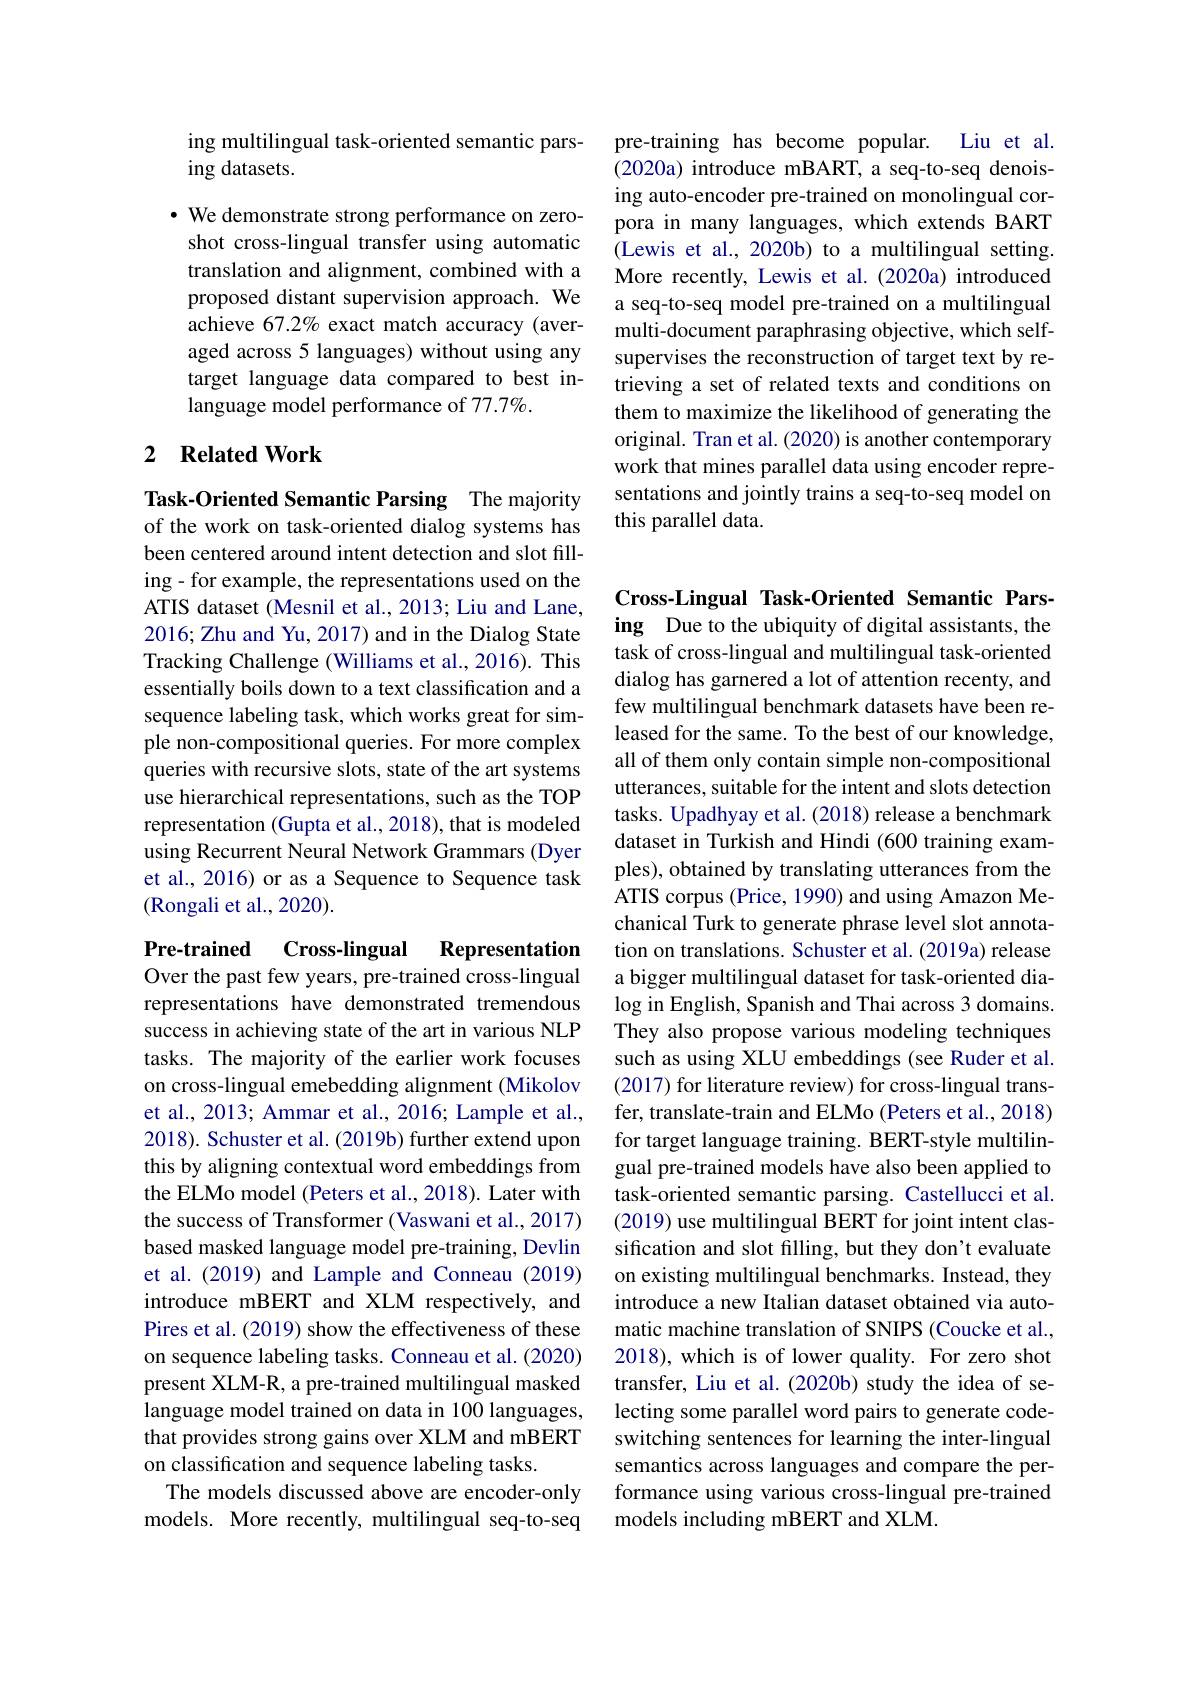
pre-training has become popular. Liu et al. (2020a) introduce mBART, a seq-to-seq denoising auto-encoder pre-trained on monolingual corpora in many languages, which extends BART (Lewis et al., 2020b) to a multilingual setting. More recently, Lewis et al.(2020a) introduced a seq-to-seq model pre-trained on a multilingual multi-document paraphrasing objective, which selfsupervises the reconstruction of target text by retrieving a set of related texts and conditions on them to maximize the likelihood of generating the original. Tran et al. (2020) is another contemporary work that mines parallel data using encoder representations and jointly trains a seq-to-seq model on this parallel data.

ing multilingual task-oriented semantic pars-
ing datasets.

· We demonstrate strong performance on zeroshot cross-lingual transfer using automatic translation and alignment, combined with a proposed distant supervision approach. We achieve 67.2% exact match accuracy (averaged across 5 languages) without using any target language data compared to best inlanguage model performance of 77.7%.

## 2 $\textbf{Related Work}$

Task-Oriented Semantic Parsing The majority of the work on task-oriented dialog systems has been centered around intent detection and slot filling- for example, the representations used on the ATIS dataset (Mesnil et al., 2013; Liu and Lane, 2016; Zhu and Yu, 2017) and in the Dialog State Tracking Challenge (Williams et al., 2016). This essentially boils down to a text classification and a sequence labeling task, which works great for simple non-compositional queries. For more complex queries with recursive slots, state of the art systems use hierarchical representations, such as the TOP representation (Gupta et al., 2018), that is modeled using Recurrent Neural Network Grammars (Dyer et al., 2016) or as a Sequence to Sequence task (Rongali et al., 2020).

Pre-trained Cross-lingual
Representation
Over the past few years, pre-trained cross-lingual representations have demonstrated tremendous success in achieving state of the art in various NLP tasks. The majority of the earlier work focuses on cross-lingual emebedding alignment (Mikolov et al., 2013; Ammar et al., 2016; Lample et al., 2018). Schuster et al. (2019b) further extend upon this by aligning contextual word embeddings from the ELMo model (Peters et al., 2018). Later with the success of Transformer (Vaswani et al., 2017) based masked language model pre-training, Devlin et al.(2019) and Lample and Conneau (2019) introduce mBERT and XLM respectively, and Pires et al. (2019) show the effectiveness of these on sequence labeling tasks. Conneau et al. (2020) present XLM-R, a pre-trained multilingual masked language model trained on data in 100 languages, that provides strong gains over XLM and mBERT on classification and sequence labeling tasks.
The models discussed above are encoder-only models. More recently, multilingual seq-to-seq

Cross-Lingual Task-Oriented Semantic Parsing Due to the ubiquity of digital assistants, the task of cross-lingual and multilingual task-oriented dialog has garnered a lot of attention recenty, and few multilingual benchmark datasets have been released for the same. To the best of our knowledge, all of them only contain simple non-compositional utterances, suitable for the intent and slots detection tasks. Upadhyay et al. (2018) release a benchmark dataset in Turkish and Hindi (600 training examples), obtained by translating utterances from the ATIS corpus (Price, 1990) and using Amazon Mechanical Turk to generate phrase level slot annotation on translations. Schuster et al. (2019a) release a bigger multilingual dataset for task-oriented dia- $\log$ in English, Spanish and Thai across 3 domains. They also propose various modeling techniques such as using XLU embeddings (see Ruder et al. (2017) for literature review) for cross-lingual transfer, translate-train and ELMo (Peters et al., 2018) for target language training. BERT-style multilingual pre-trained models have also been applied to task-oriented semantic parsing. Castellucci et al. (2019) use multilingual BERT for joint intent classification and slot filling, but they don't evaluate on existing multilingual benchmarks. Instead, they introduce a new Italian dataset obtained via automatic machine translation of SNIPS (Coucke et al., 2018), which is of lower quality. For zero shot transfer, Liu et al. (2020b) study the idea of selecting some parallel word pairs to generate codeswitching sentences for learning the inter-lingual semantics across languages and compare the performance using various cross-lingual pre-trained models including mBERT and XLM.